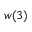
w ( 3 )